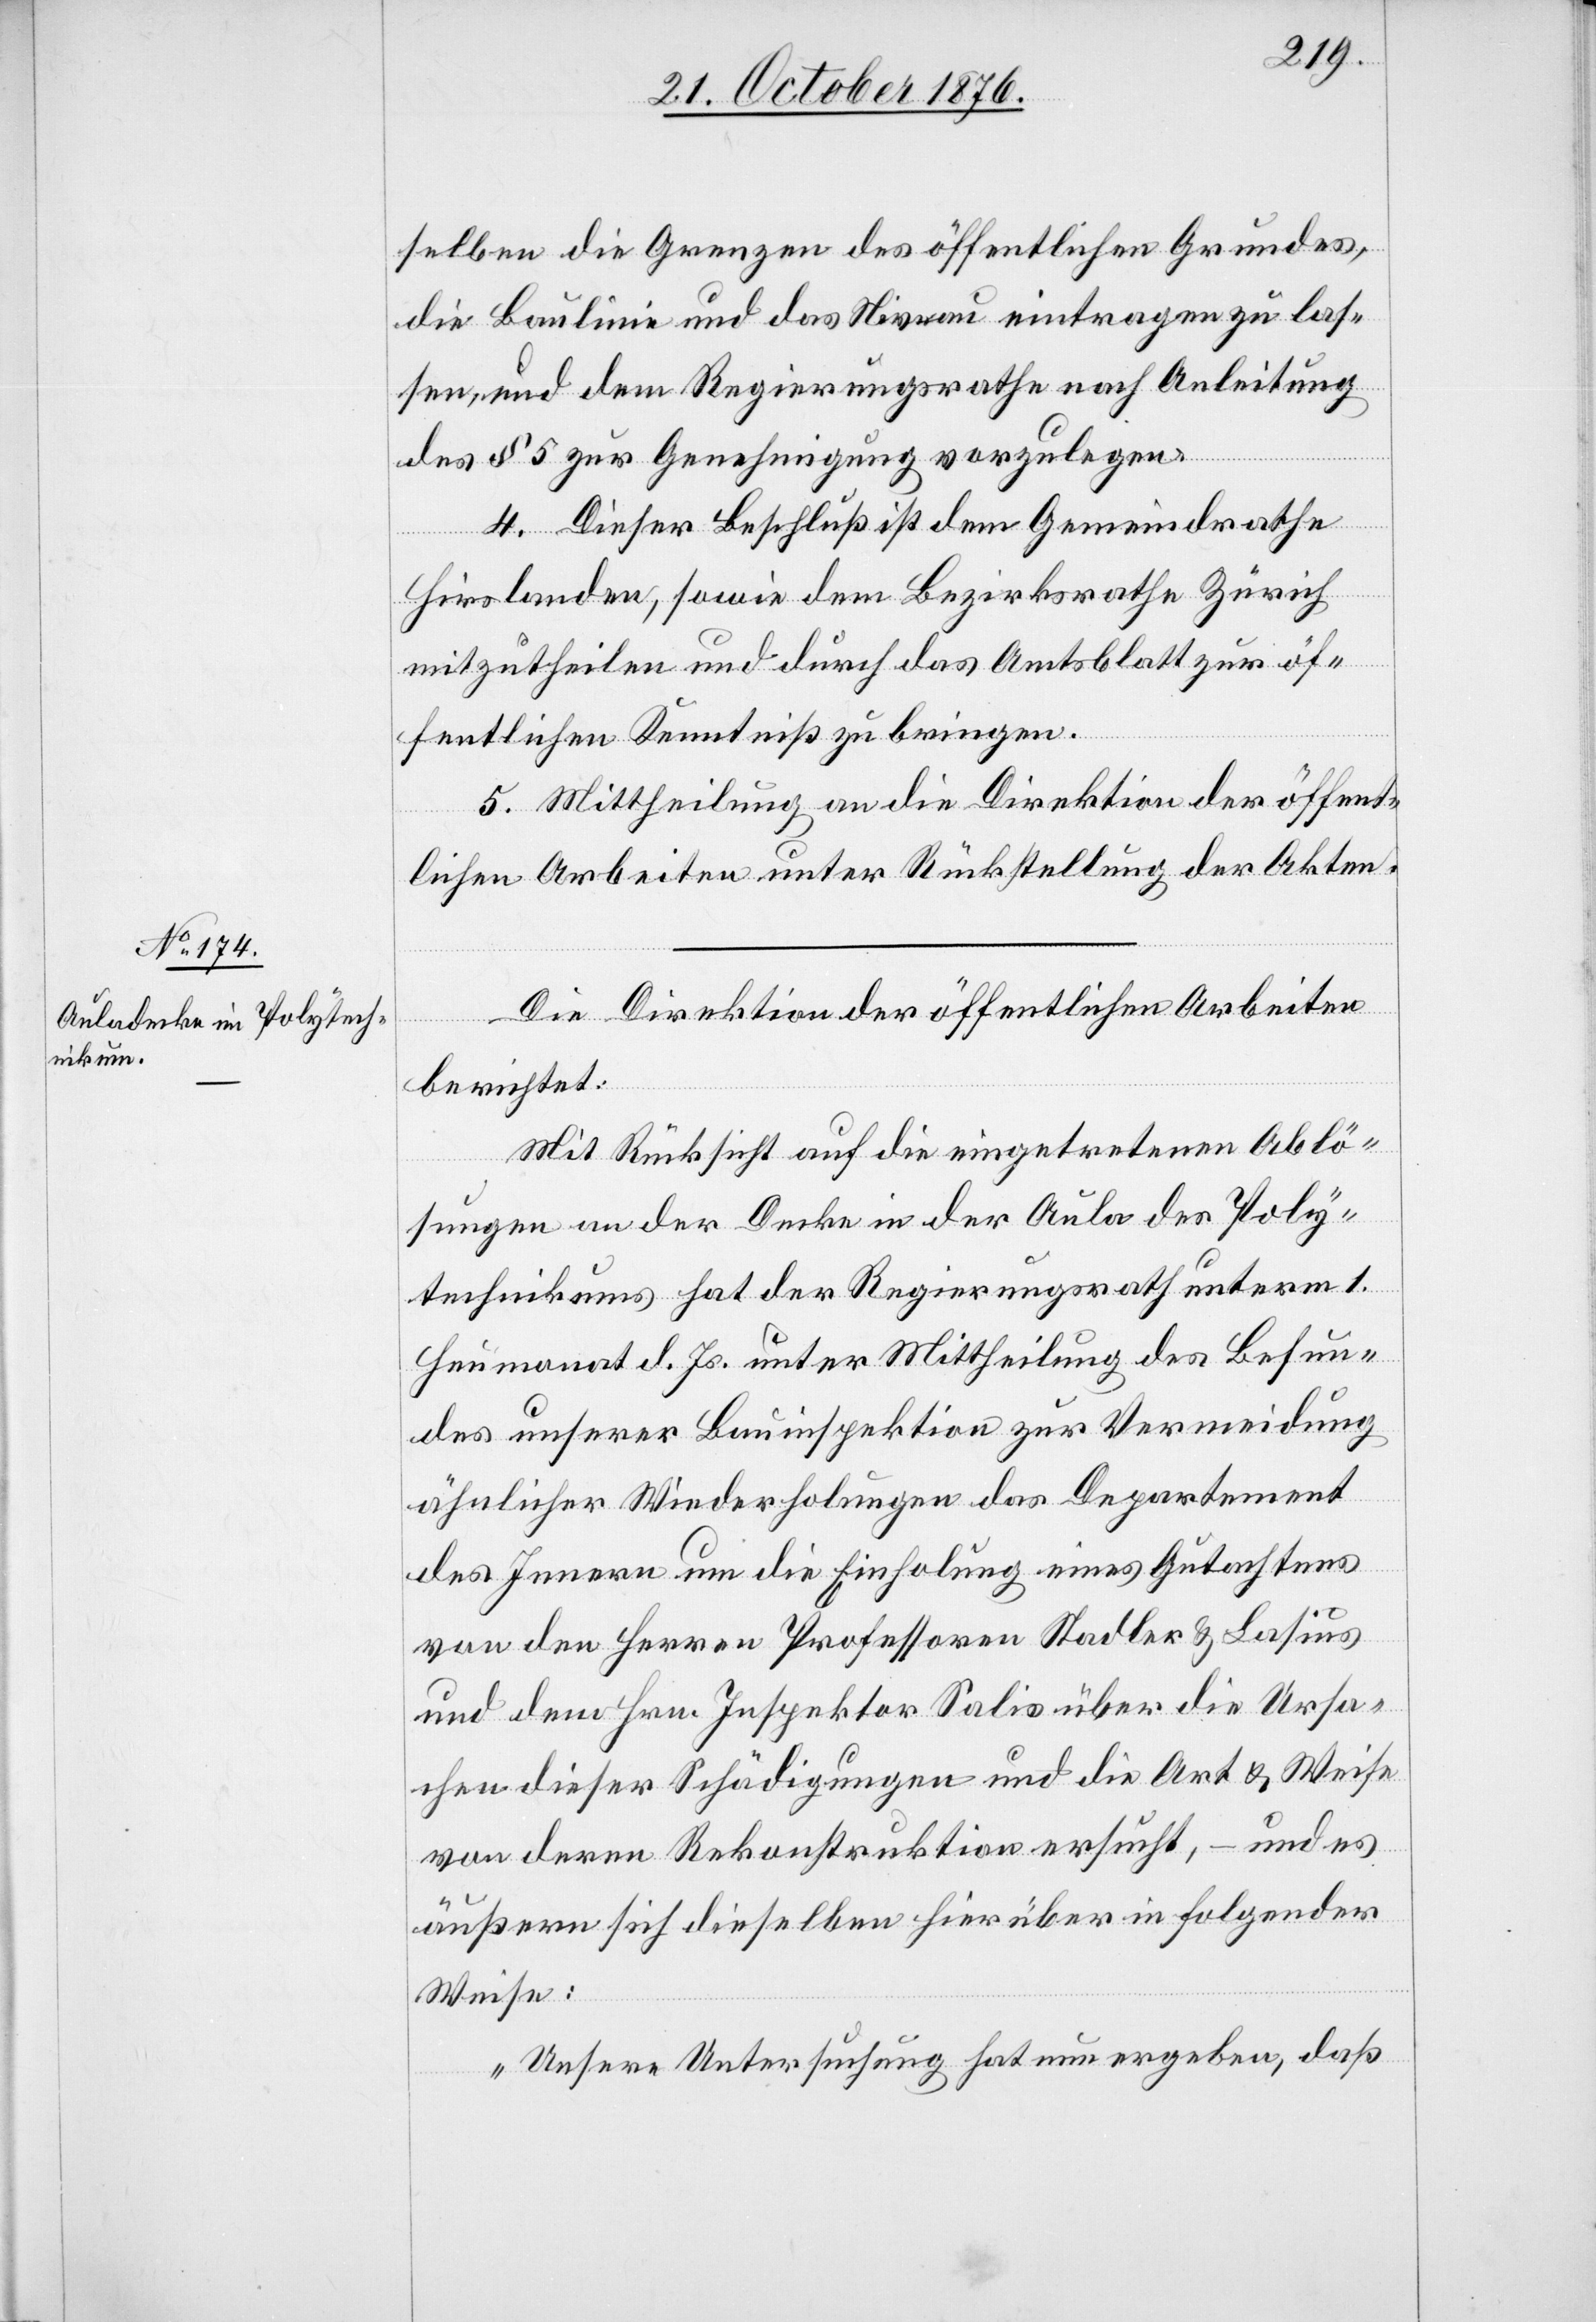
selben die Grenzen des öffentlichen Grundes,
die Baulinie und das Niveau eintragen zu las¬
sen, und dem Regierungsrathe nach Ableitung
des § 5 zur Genehmigung vorzulegen.
4. Dieser Beschluß ist dem Gemeindrathe
Hirslanden, sowie dem Bezirksrathe Zürich
mitzutheilen und durch das Amtsblatt zur öf¬
fentlichen Kenntniß zu bringen.
5. Mittheilung an die Direktion der öffent¬
lichen Arbeiten unter Rückstellung der Akten.
Die Direktion der öffentlichen Arbeiten
berichtet:
Mit Rücksicht auf die eingetretenen Ablö¬
sungen an der Decke der Aula des Poly¬
technikums hat der Regierungsrath unterm 1.
Heumonat d. Js. unter Mittheilung des Befun¬
des unserer Bauinspektion zur Vermeidung
ähnlicher Wiederholungen das Department
des innern um die Einholung eines Gutachtens
von den Herren Professoren Stadler & Lasius
und dem Hrn. Inspektor Salis über die Ursa¬
chen dieser Schädigungen und die Art & Weise
von deren Rekonstruktion ersucht, – und es
äußern sich dieselben hierüber in folgender
Weise:
„Unsere Untersuchung hat nun ergeben, daß